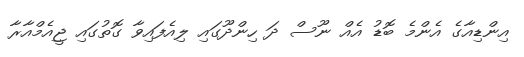
އިންޑިއާގެ އެންމެ ބޮޑު އެއް ނޫސް ދަ ހިންދޫގައި ލިއެފައިވާ ގޮތުގައި ޖީއެމްއާރާ